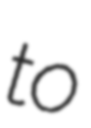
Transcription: to